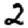
Digit: 2